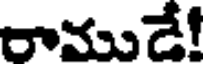
రాముడే!